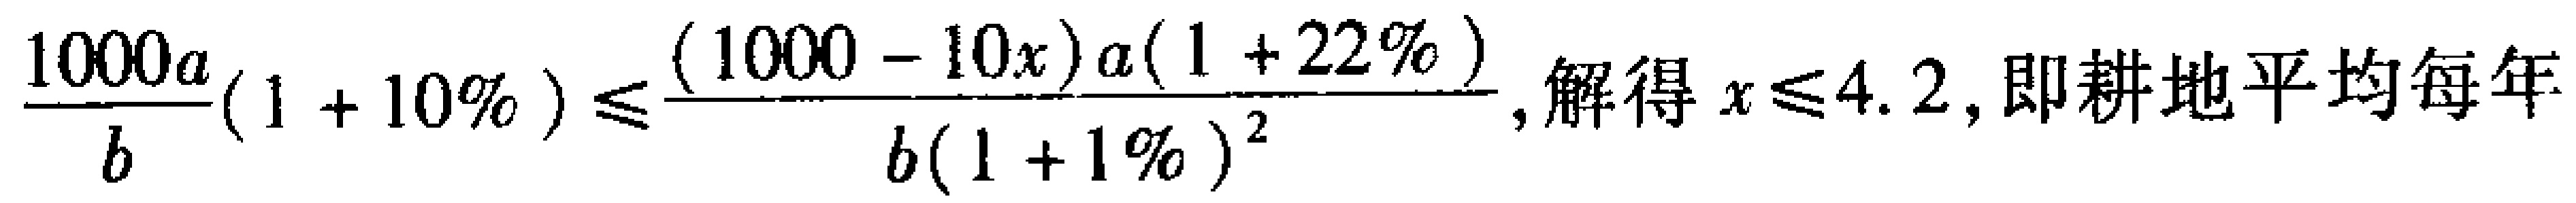
\(\frac{1000a}{b}(1 + 10\%) \leq \frac{(1000 - 10x)a(1 + 22\%)}{b(1 + 1\%)^{2}}\), 解得 \(x \leq 4.2\), 即耕地平均每年